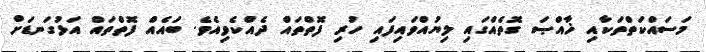
މަސައްކަތްތަކާއި ޚާއްޞަ ގޮތެއްގައި ލިޔުއްވައިފައި ހުރި ފޮތްތައް ދެއްކެވިއެވެ. ބައެއް ފޮތްތައް އަޅުގަނޑަށް